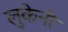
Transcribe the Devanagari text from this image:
लुकेनी